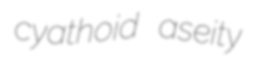
cyathoid aseity